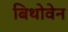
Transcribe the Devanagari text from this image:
बिथोवेन